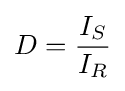
D={\frac {I_{S}}{I_{R}}}